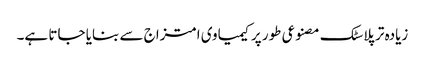
زیادہ تر پلاسٹک مصنوعی طور پر کیمیاوی امتزاج سے بنایا جاتا ہے۔